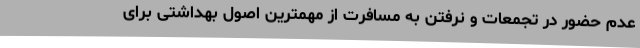
عدم حضور در تجمعات و نرفتن به مسافرت از مهمترین اصول بهداشتی برای